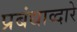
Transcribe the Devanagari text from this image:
प्रबंधाव्दारे